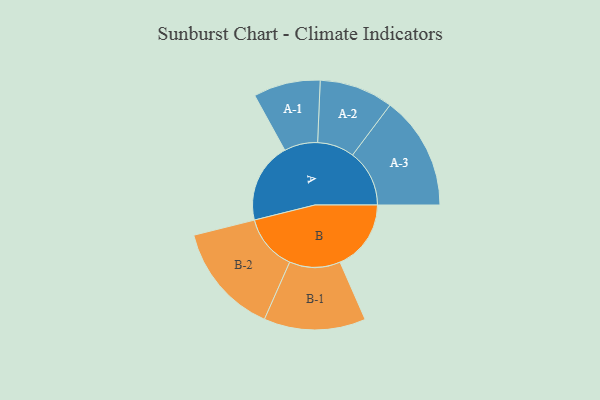
{"axis": {"x": "Segment", "y": "Value"}, "legend": ["", "A", "B"], "data": [{"x": "A", "y": 392, "type": ""}, {"x": "B", "y": 346, "type": ""}, {"x": "A-1", "y": 163, "type": "A"}, {"x": "A-2", "y": 180, "type": "A"}, {"x": "A-3", "y": 277, "type": "A"}, {"x": "B-1", "y": 248, "type": "B"}, {"x": "B-2", "y": 272, "type": "B"}]}